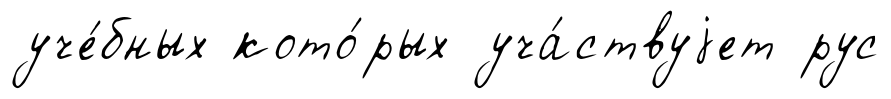
уче́бных кото́рых уча́ствуjет рус